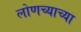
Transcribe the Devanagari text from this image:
लोणच्याच्या